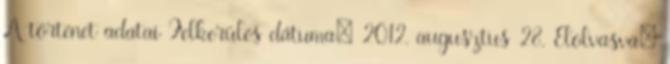
A történet adatai Felkerülés dátuma: 2012. augusztus 28. Elolvasva: